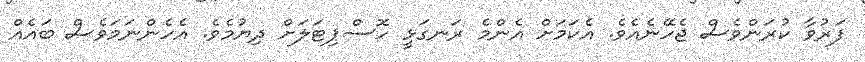
ފަރުވާ ކުރަންވެސް ޖެހޭނެއެވެ. އެކަމަށް އެންމެ ރަނގަޅީ ހޮސްޕިޓަލަށް ދިޔުމެވެ. އެހެންނަމަވެސް ބައެއް